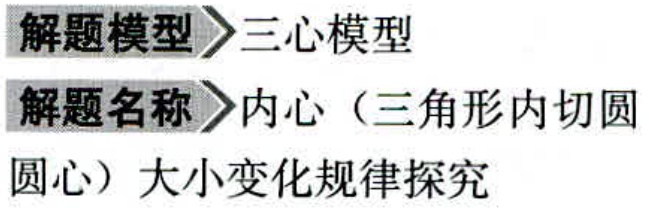
\begin{document}
解题模型$\rightarrow$三心模型
解题名称$\rightarrow$内心（三角形内切圆
圆心）大小变化规律探究
\end{document}